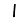
Digit: 1